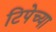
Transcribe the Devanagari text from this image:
टिपेच्या